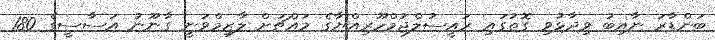
ބަންޑާރަ ނާއިބު ވިދާޅުވި ގޮތުގައި ރައީސުލްޖުމްހޫރިއްޔާގެ މައްޗަށް ލާޒިމްވަނީ ގާނޫނު އަސާސީގެ 180